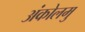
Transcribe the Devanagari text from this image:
अंकोलमु